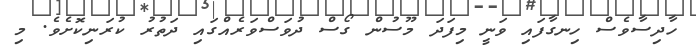
ހާދިސާވެސް ހިނގާފައި ވަނީ މިފަދަ މޫސުން ގޯސް ދުވަސްވަރެއްގައި ދަތުރު ކުރަނިކޮށެވެ. މި